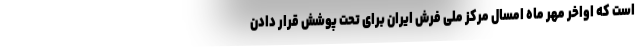
است که اواخر مهر ماه امسال مرکز ملی فرش ایران برای تحت پوشش قرار دادن